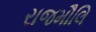
રાજમૌલિ